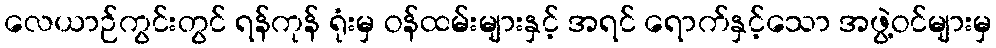
လေယာဉ်ကွင်းတွင် ရန်ကုန် ရုံးမှ ဝန်ထမ်းများနှင့် အရင် ရောက်နှင့်သော အဖွဲ့ဝင်များမှ